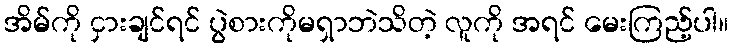
အိမ်ကို ငှားချင်ရင် ပွဲစားကိုမရှာဘဲသိတဲ့ လူကို အရင် မေးကြည့်ပါ။